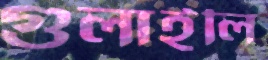
গুলাইলি